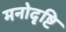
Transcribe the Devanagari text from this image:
मनोदृष्टि